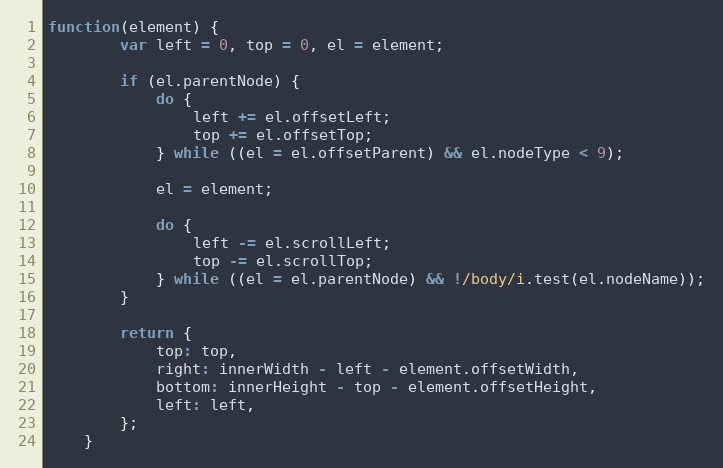
Language: JavaScript
function(element) {
	    var left = 0, top = 0, el = element;

	    if (el.parentNode) {
			do {
				left += el.offsetLeft;
				top += el.offsetTop;
			} while ((el = el.offsetParent) && el.nodeType < 9);

			el = element;

			do {
				left -= el.scrollLeft;
				top -= el.scrollTop;
			} while ((el = el.parentNode) && !/body/i.test(el.nodeName));
		}

	    return {
			top: top,
	    	right: innerWidth - left - element.offsetWidth,
	    	bottom: innerHeight - top - element.offsetHeight,
	    	left: left,
	    };
	}